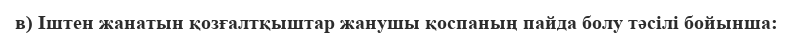
в) Іштен жанатын қозғалтқыштар жанушы қоспаның пайда болу тәсілі бойынша: